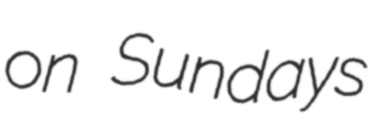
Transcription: on Sundays